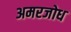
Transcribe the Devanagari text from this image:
अमरजोध